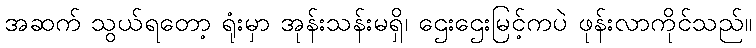
အဆက် သွယ်ရတော့ ရုံးမှာ အုန်းသန်းမရှိ၊ ဌေးဌေးမြင့်ကပဲ ဖုန်းလာကိုင်သည်။